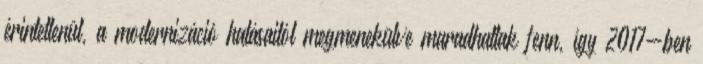
érintetlenül, a modernizáció hatásaitól megmenekülve maradhattak fenn, így 2017-ben